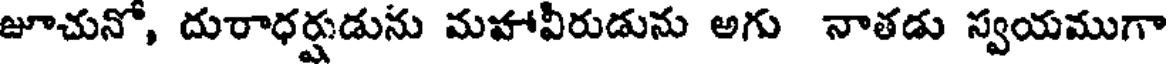
జూచునో, దురాధర్షడును మహావీరుడును అగు నాతడు స్వయముగా